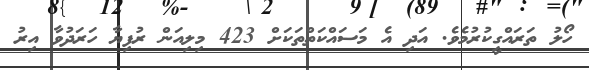
ހޯލު ތަރައްގީކުރުމެވެ. އަދި އެ މަސައްކަތްތަކަށް 423 މިލިއަން ރުފިޔާ ހަރަދުވާ އިރު